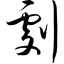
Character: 剧